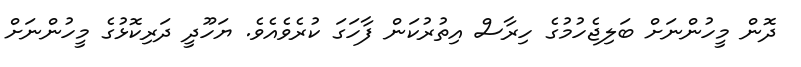
ދޮން މީހުންނަށް ބަލިޖެހުމުގެ ހިރާސް އިތުރުކަން ފާހަގަ ކުރެވެއެވެ. ޔަހޫދީ ދަރިކޮޅުގެ މީހުންނަށް